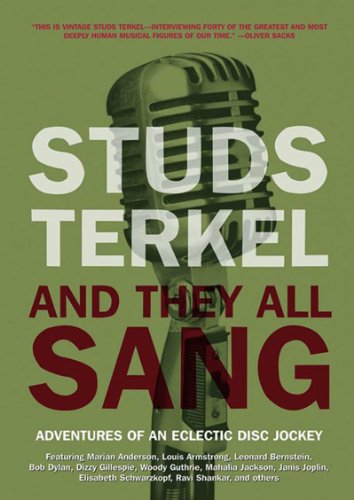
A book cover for And They All Sang: Adventures of an Eclectic Disc Jockey; Studs Terkel; Humor & Entertainment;